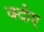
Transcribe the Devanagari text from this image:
क्दोए